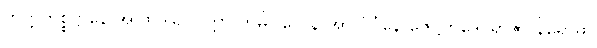
ဘတ္တကိစ္စဋ္ဌာနေ အာဒ ဒွါရပ္ပဝတ္တာ ဘူမိပါလေန အာလိင်္ဂနေ ဇေဋ္ဌကဒေဝရာဇာ နိရောဓာ